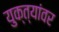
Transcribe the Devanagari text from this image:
युक्त्यांवर